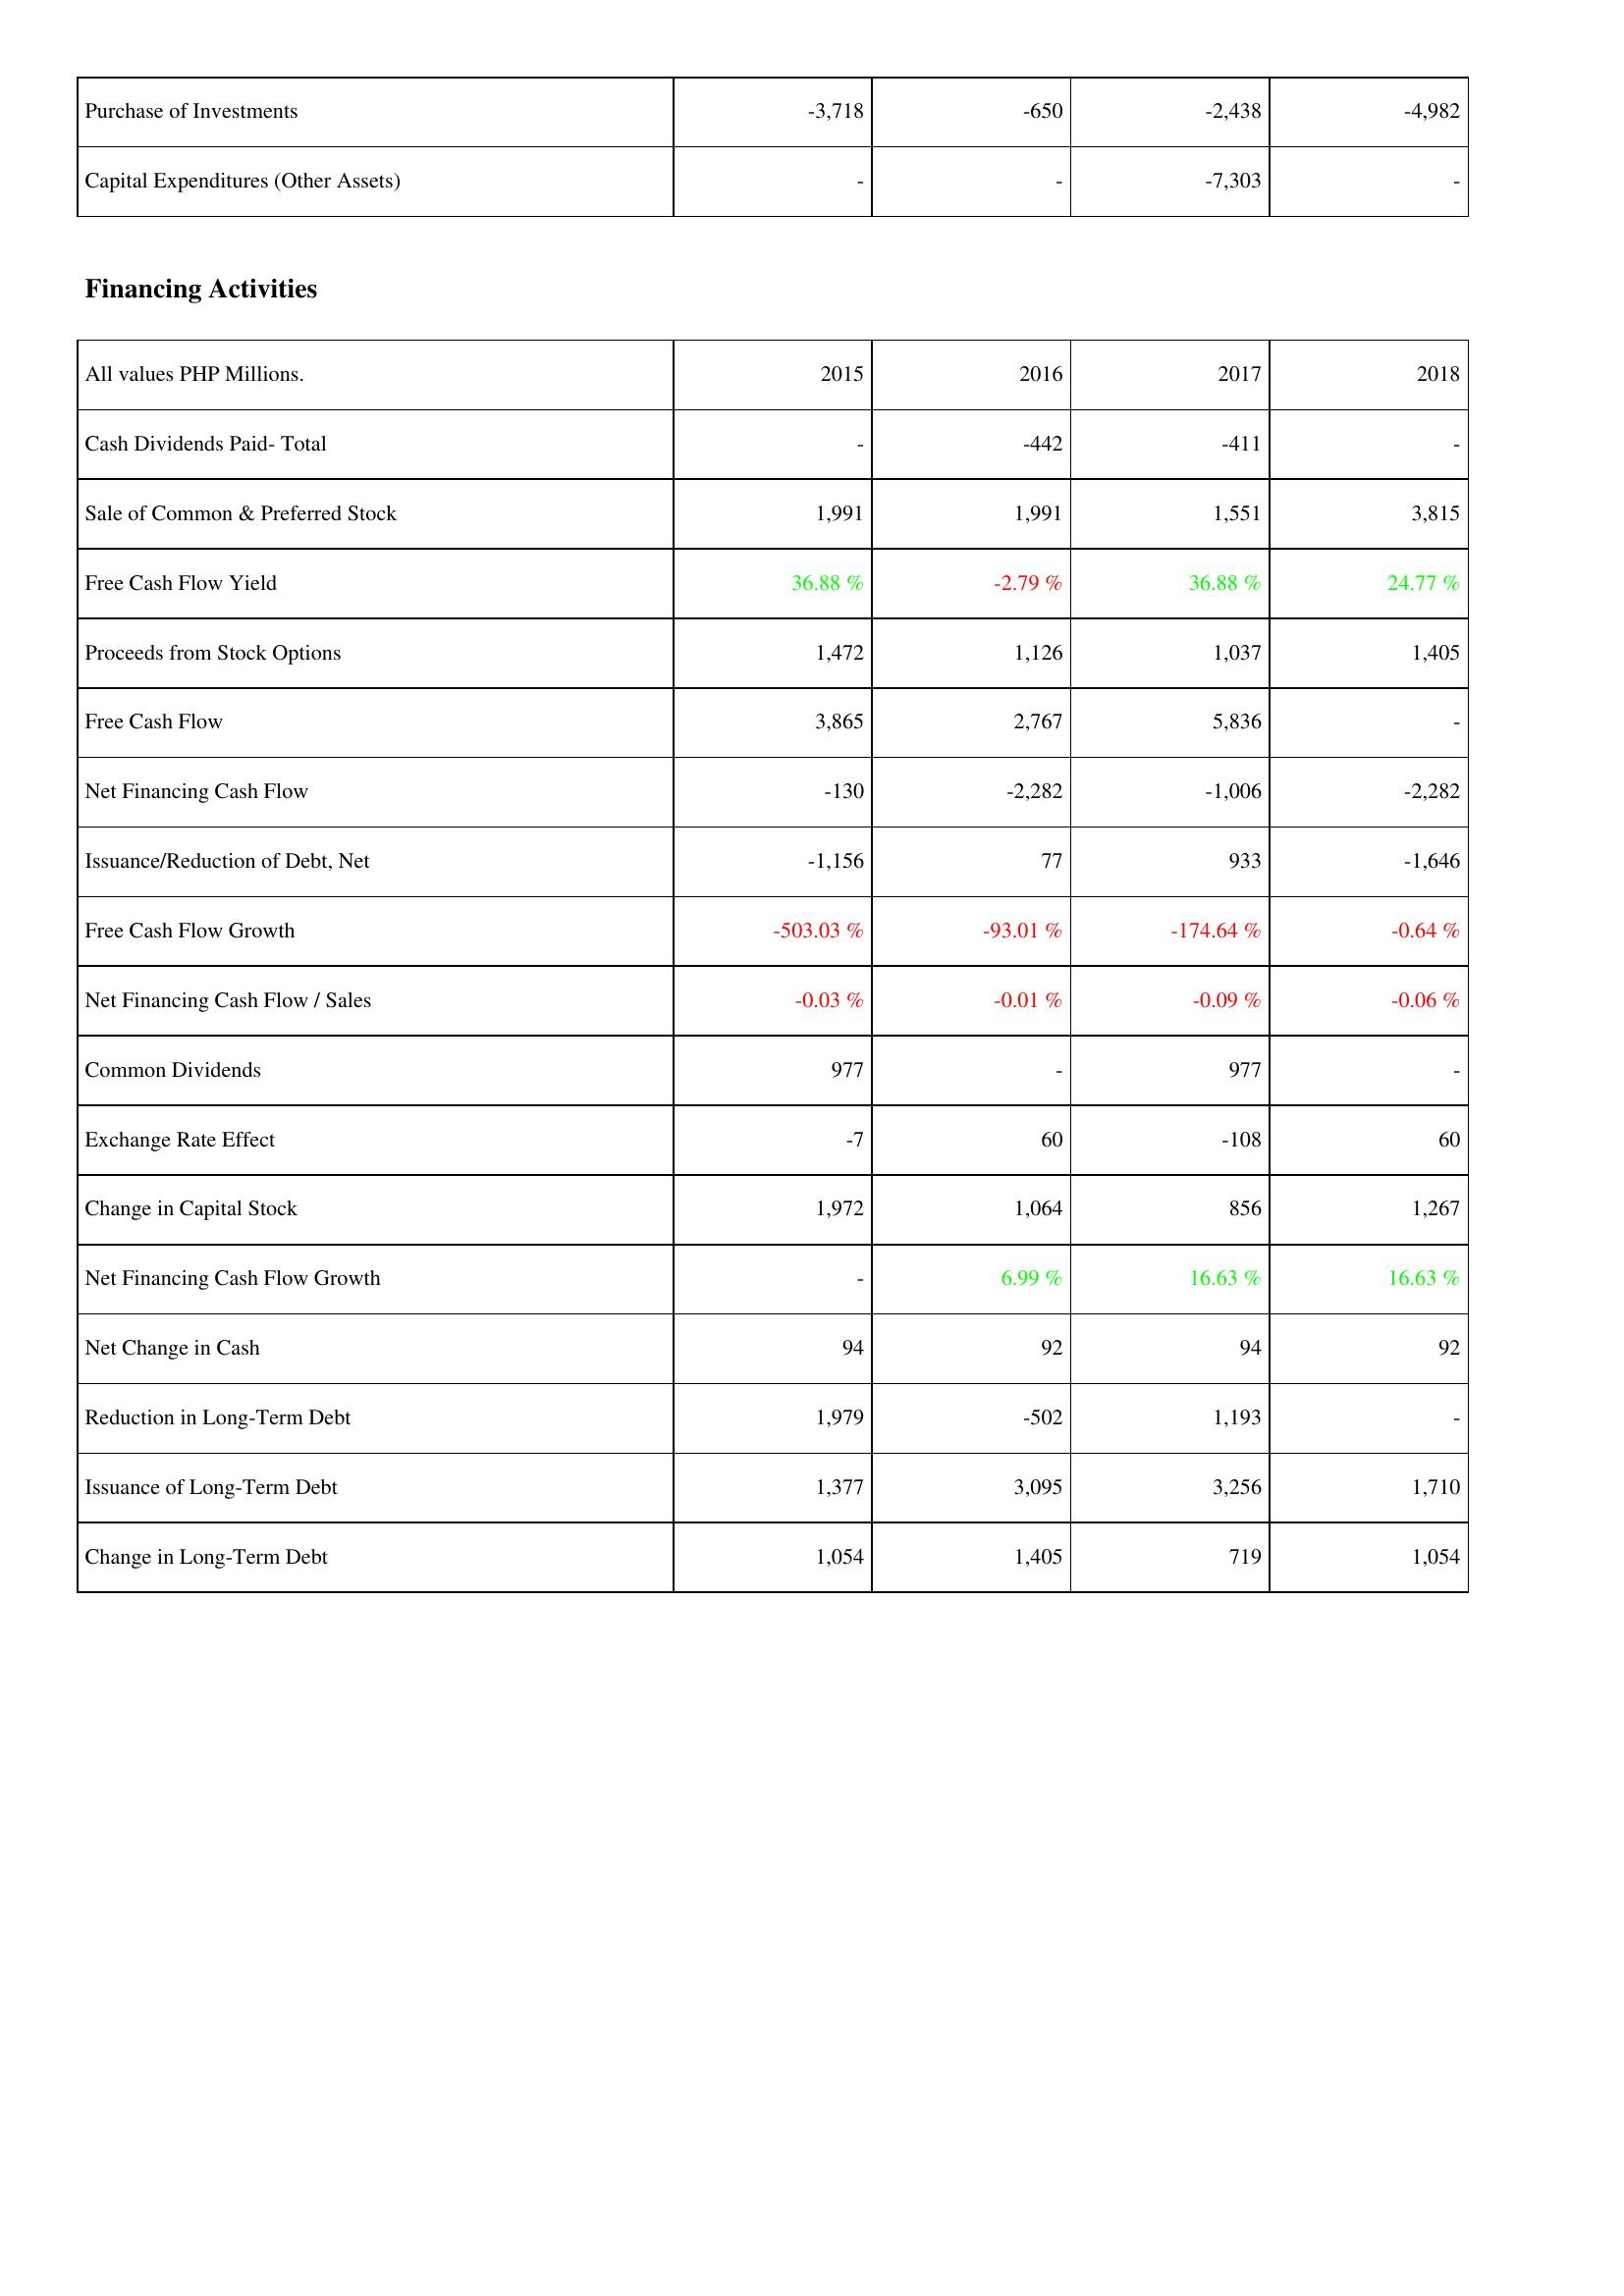
2015: Investing Activities: Purchase of Investments: -3,718
Capital Expenditures (Other Assets): -
Financing Activities: Cash Dividends Paid- Total: -
Sale of Common & Preferred Stock: 1,991
Free Cash Flow Yield: 36.88 %
Proceeds from Stock Options: 1,472
Free Cash Flow: 3,865
Net Financing Cash Flow: -130
Issuance/Reduction of Debt, Net: -1,156
Free Cash Flow Growth: -503.03 %
Net Financing Cash Flow / Sales: -0.03 %
Common Dividends: 977
Exchange Rate Effect: -7
Change in Capital Stock: 1,972
Net Financing Cash Flow Growth: -
Net Change in Cash: 94
Reduction in Long-Term Debt: 1,979
Issuance of Long-Term Debt: 1,377
Change in Long-Term Debt: 1,054
2016: Investing Activities: Purchase of Investments: -650
Capital Expenditures (Other Assets): -
Financing Activities: Cash Dividends Paid- Total: -442
Sale of Common & Preferred Stock: 1,991
Free Cash Flow Yield: -2.79 %
Proceeds from Stock Options: 1,126
Free Cash Flow: 2,767
Net Financing Cash Flow: -2,282
Issuance/Reduction of Debt, Net: 77
Free Cash Flow Growth: -93.01 %
Net Financing Cash Flow / Sales: -0.01 %
Common Dividends: -
Exchange Rate Effect: 60
Change in Capital Stock: 1,064
Net Financing Cash Flow Growth: 6.99 %
Net Change in Cash: 92
Reduction in Long-Term Debt: -502
Issuance of Long-Term Debt: 3,095
Change in Long-Term Debt: 1,405
2017: Investing Activities: Purchase of Investments: -2,438
Capital Expenditures (Other Assets): -7,303
Financing Activities: Cash Dividends Paid- Total: -411
Sale of Common & Preferred Stock: 1,551
Free Cash Flow Yield: 36.88 %
Proceeds from Stock Options: 1,037
Free Cash Flow: 5,836
Net Financing Cash Flow: -1,006
Issuance/Reduction of Debt, Net: 933
Free Cash Flow Growth: -174.64 %
Net Financing Cash Flow / Sales: -0.09 %
Common Dividends: 977
Exchange Rate Effect: -108
Change in Capital Stock: 856
Net Financing Cash Flow Growth: 16.63 %
Net Change in Cash: 94
Reduction in Long-Term Debt: 1,193
Issuance of Long-Term Debt: 3,256
Change in Long-Term Debt: 719
2018: Investing Activities: Purchase of Investments: -4,982
Capital Expenditures (Other Assets): -
Financing Activities: Cash Dividends Paid- Total: -
Sale of Common & Preferred Stock: 3,815
Free Cash Flow Yield: 24.77 %
Proceeds from Stock Options: 1,405
Free Cash Flow: -
Net Financing Cash Flow: -2,282
Issuance/Reduction of Debt, Net: -1,646
Free Cash Flow Growth: -0.64 %
Net Financing Cash Flow / Sales: -0.06 %
Common Dividends: -
Exchange Rate Effect: 60
Change in Capital Stock: 1,267
Net Financing Cash Flow Growth: 16.63 %
Net Change in Cash: 92
Reduction in Long-Term Debt: -
Issuance of Long-Term Debt: 1,710
Change in Long-Term Debt: 1,054